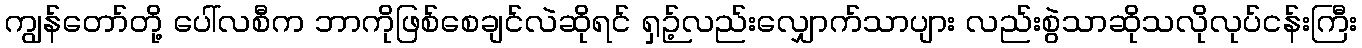
ကျွန်တော်တို့ ပေါ်လစီက ဘာကိုဖြစ်စေချင်လဲဆိုရင် ရှဉ့်လည်းလျှောက်သာပျား လည်းစွဲသာဆိုသလိုလုပ်ငန်းကြီး